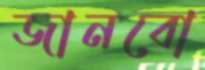
জানবো